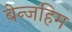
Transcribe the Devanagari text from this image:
बेन्जहिम